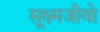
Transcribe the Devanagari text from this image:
सूक्ष्मजीवो